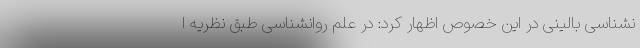
نشناسی بالینی در این خصوص اظهار کرد: در علم روانشناسی طبق نظریه ا